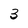
Character: 3